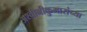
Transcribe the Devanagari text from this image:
अश्वीनीकुमारांच्या